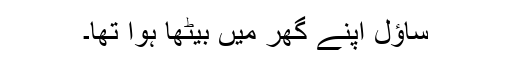
ساؤل اپنے گھر میں بیٹھا ہوا تھا۔